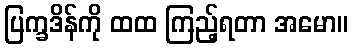
ပြက္ခဒိန်ကို ထထ ကြည့်ရတာ အမော။